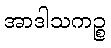
အာဒါသကဉ္စ